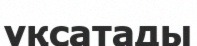
ұқсатады